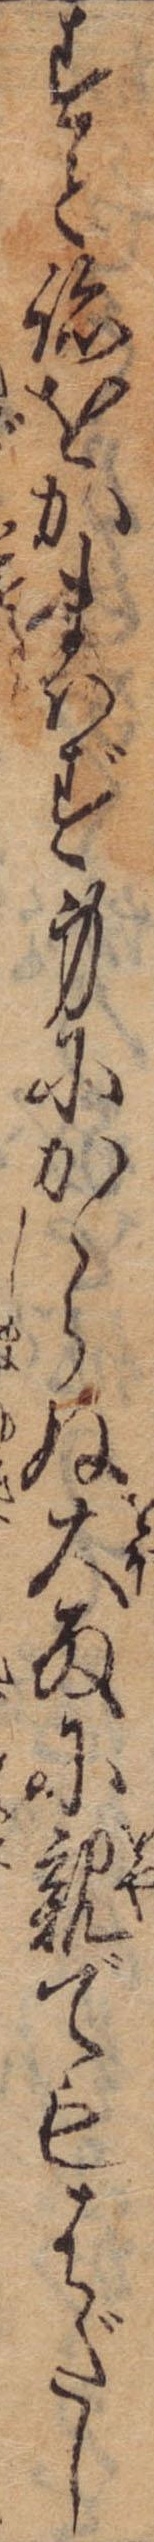
すと跡をかまはず身にかゝらぬ大雨に親でもはだし